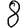
Digit: 8